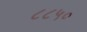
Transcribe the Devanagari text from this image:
८८५०